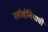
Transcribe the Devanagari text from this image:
स्लोव्हेनियाची